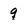
Character: q